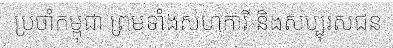
ប្រចាំកម្ពុជា ព្រមទាំងសហការី និងសប្បុរសជន